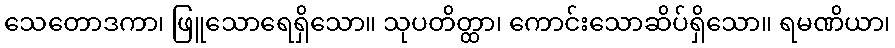
သေတောဒကာ၊ ဖြူသောရေရှိသော။ သုပတိတ္ထာ၊ ကောင်းသောဆိပ်ရှိသော။ ရမဏိယာ၊